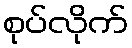
စုပ်လိုက်